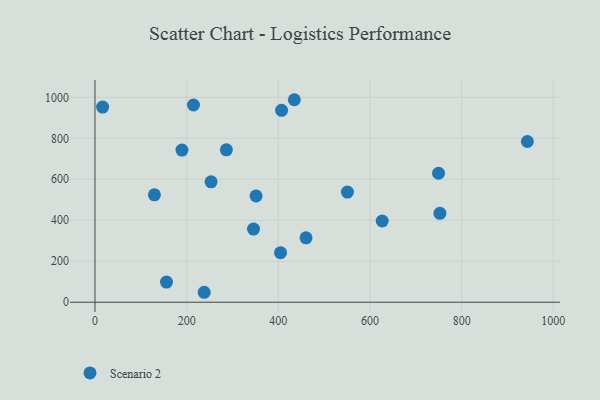
{"axis": {"x": "Investment", "y": "Exam Score"}, "legend": ["Scenario 2"], "data": [{"x": "238.3", "y": 48.5, "type": "Scenario 2"}, {"x": "351.4", "y": 518.6, "type": "Scenario 2"}, {"x": "943.3", "y": 784.3, "type": "Scenario 2"}, {"x": "16.7", "y": 952.5, "type": "Scenario 2"}, {"x": "626.6", "y": 396.3, "type": "Scenario 2"}, {"x": "129.7", "y": 524.1, "type": "Scenario 2"}, {"x": "345.9", "y": 356.8, "type": "Scenario 2"}, {"x": "253.3", "y": 587.8, "type": "Scenario 2"}, {"x": "460.4", "y": 314.5, "type": "Scenario 2"}, {"x": "749.5", "y": 629.5, "type": "Scenario 2"}, {"x": "404.8", "y": 241.6, "type": "Scenario 2"}, {"x": "407.1", "y": 936.6, "type": "Scenario 2"}, {"x": "214.9", "y": 962.6, "type": "Scenario 2"}, {"x": "752.5", "y": 433.9, "type": "Scenario 2"}, {"x": "550.8", "y": 537.4, "type": "Scenario 2"}, {"x": "156.0", "y": 98.3, "type": "Scenario 2"}, {"x": "189.8", "y": 742.5, "type": "Scenario 2"}, {"x": "286.7", "y": 743.9, "type": "Scenario 2"}, {"x": "434.9", "y": 988.3, "type": "Scenario 2"}]}